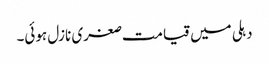
دہلی میں قیامت صغری نازل ہوئی۔